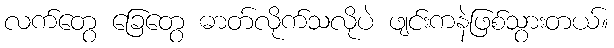
လက်တွေ ခြေတွေ ဓာတ်လိုက်သလိုပဲ ဖျင်းကနဲဖြစ်သွားတယ်။